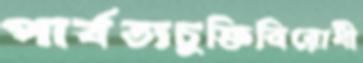
পার্বত্যচুক্তিবিরোধী